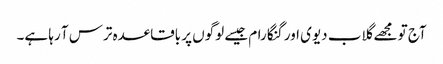
آج تو مجھے گلاب دیوی اور گنگا رام جیسے لوگوں پر باقاعدہ ترس آ رہا ہے۔